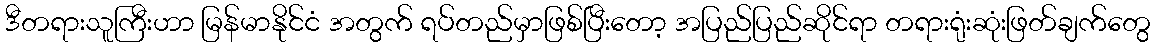
ဒီတရားသူကြီးဟာ မြန်မာနိုင်ငံ အတွက် ရပ်တည်မှာဖြစ်ပြီးတော့ အပြည်ပြည်ဆိုင်ရာ တရားရုံးဆုံးဖြတ်ချက်တွေ